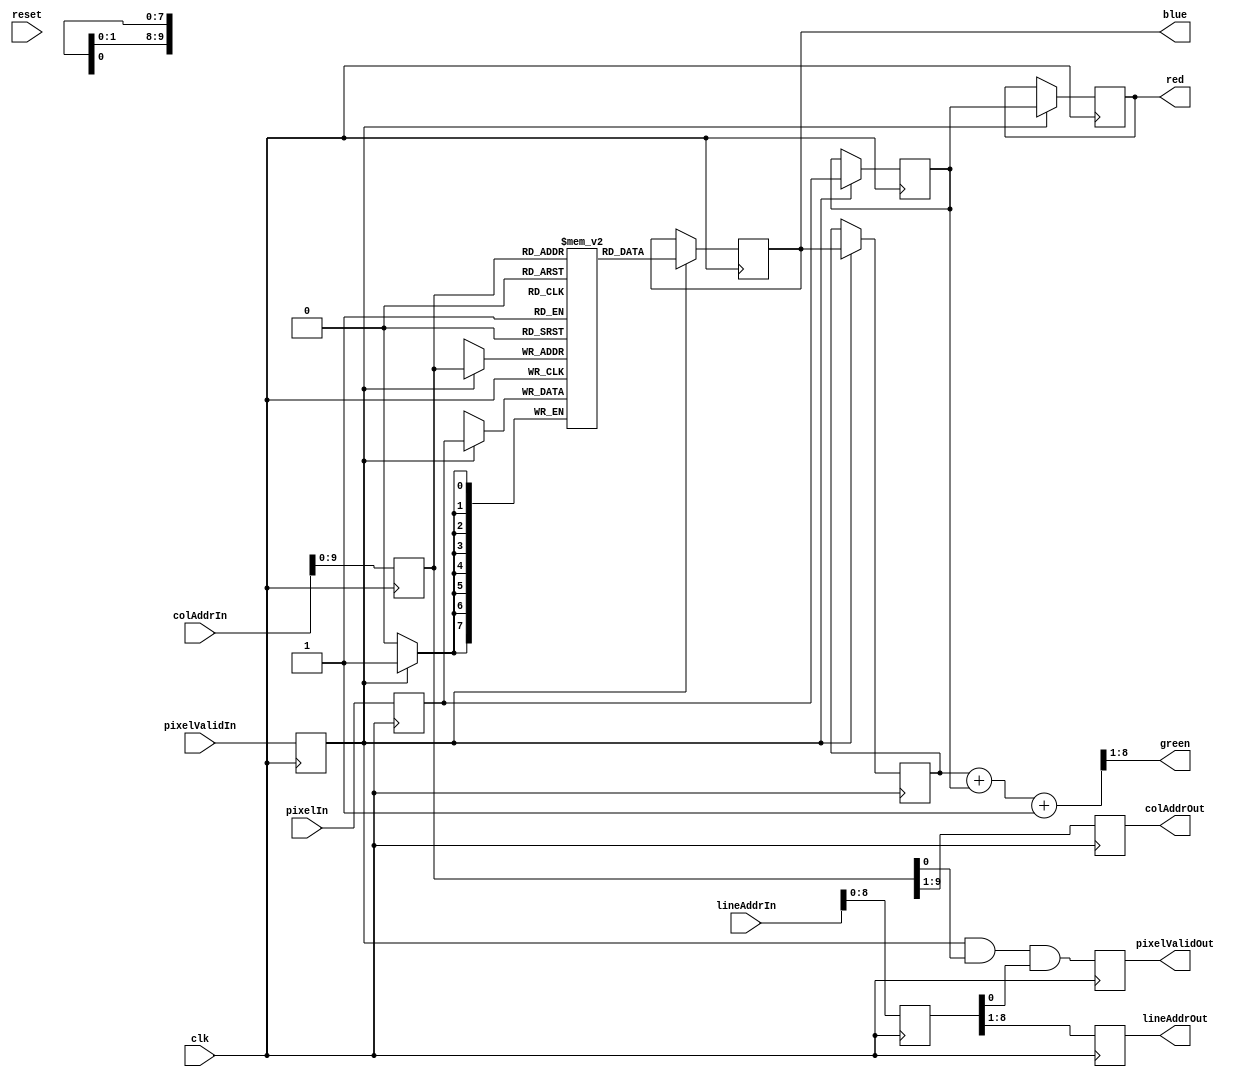
/*************************************************************************/
/* File:        bayer2rgb.v
 *
 * Description: Translate bayer pattern to RGB
 *    Bayer pattern:
 *    G B G B
 *    R G R G
 *    G B G B
 *    R G R G
 **************************************************************************/
`timescale 1ns/1ns

// Convert Bayer pattern to RGB
module bayer2rgb
  (input           clk,
   input           reset,
   input    [10:0] colAddrIn,    // column count
   input    [10:0] lineAddrIn,    // row count
   input     [7:0] pixelIn,
   input           pixelValidIn,   // pixelValidIn
   output    [7:0] red,
   output    [7:0] green,
   output    [7:0] blue,
   output reg [8:0] colAddrOut,
   output reg [7:0] lineAddrOut,
   output reg      pixelValidOut);   // pixelValidOut (on 1,1 pixel - divide by 4)

   localparam NUMCOLS = 640;

   // Memory
   reg [7:0] 	   lineup [0:NUMCOLS-1];
   // 2x2 window of pixels
   reg [7:0] 	   prevPixelup, thisPixelup;
   reg [7:0] 	   prevPixel, thisPixel;
   // Pipeline registers for inputs
   reg    [10:0] colAddr;   
   reg    [10:0] lineAddr;  
   reg     [7:0] pixel;
   reg           pixelValid;

   // Compute output values
   assign red = prevPixel;
   assign green = (prevPixelup + thisPixel + 1) >> 1;
   assign blue = thisPixelup;

  // Capture input data
  always @(posedge clk) begin
     // Pipeline registers
     colAddr <= colAddrIn;
     lineAddr <= lineAddrIn;
     pixelValid <= pixelValidIn;
     pixel <= pixelIn;
     pixelValidOut <= pixelValid && colAddr[0] && lineAddr[0];
     colAddrOut <= colAddr[9:1];
     lineAddrOut <= lineAddr[8:1];
    if (pixelValid) begin
       lineup[colAddr] <= pixel;
       prevPixel <= thisPixel;
       thisPixel <= pixel;
       prevPixelup <= thisPixelup;
       thisPixelup <= lineup[colAddr];
    end
  end

endmodule